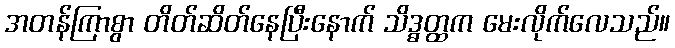
အတန်ကြာစွာ တိတ်ဆိတ်နေပြီးနောက် သိဒ္ဓတ္ထက မေးလိုက်လေသည်။